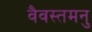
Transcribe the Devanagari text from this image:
वैवस्तमनु